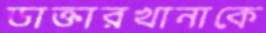
ডাক্তারখানাকে